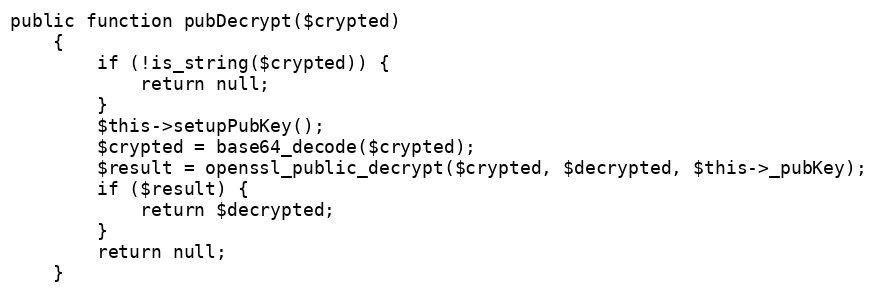
Language: PHP
public function pubDecrypt($crypted)
    {
        if (!is_string($crypted)) {
            return null;
        }
        $this->setupPubKey();
        $crypted = base64_decode($crypted);
        $result = openssl_public_decrypt($crypted, $decrypted, $this->_pubKey);
        if ($result) {
            return $decrypted;
        }
        return null;
    }